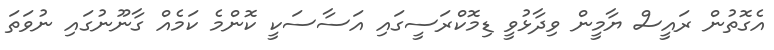
އެގޮތުން ރައީސް ޔާމީން ވިދާޅުވީ ޑިމޮކްރަސީގައި އަސާސަކީ ކޮންމެ ކަމެއް ގާނޫނުގައި ނުވަތަ